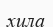
хила